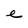
Character: e